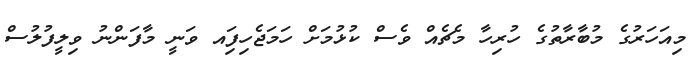
މިއަހަރުގެ މުބާރާތުގެ ހުރިހާ މެޗެއް ވެސް ކުޅުމަށް ހަމަޖެހިފަިއ ވަނީ މާފަންނު ވިލީފުލުސް